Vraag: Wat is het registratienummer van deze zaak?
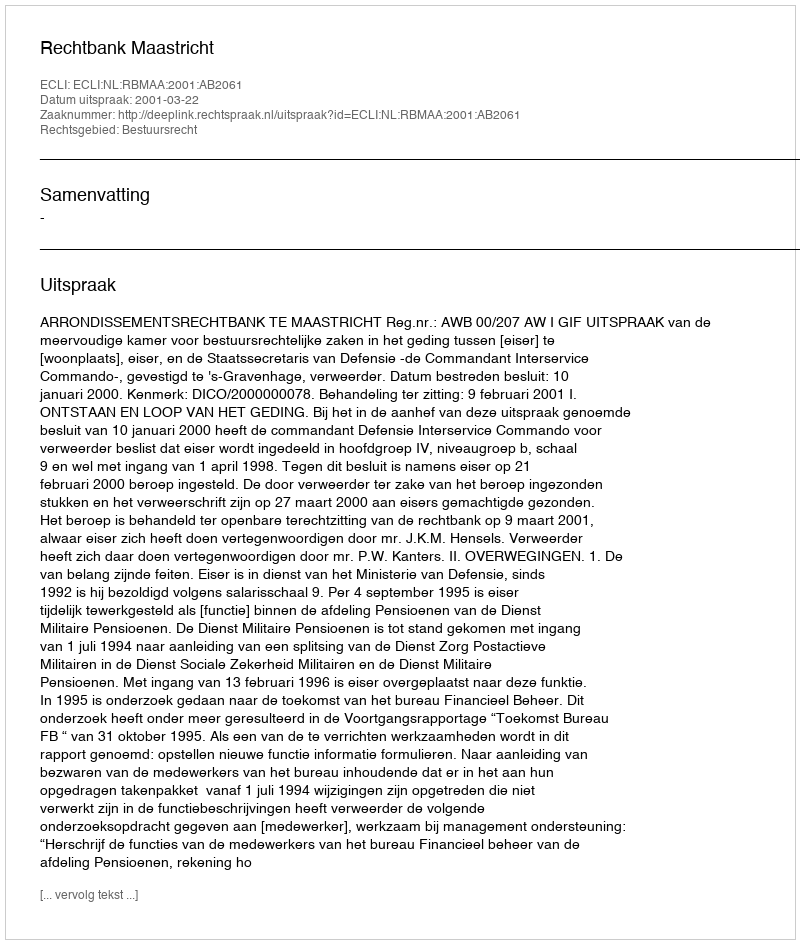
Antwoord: http://deeplink.rechtspraak.nl/uitspraak?id=ECLI:NL:RBMAA:2001:AB2061